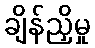
ချိန်ညှိမှု